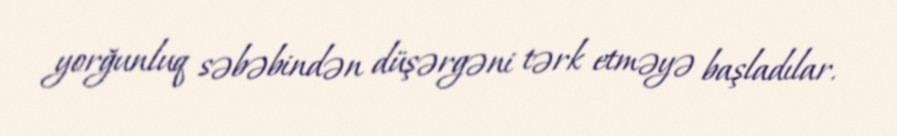
yorğunluq səbəbindən düşərgəni tərk etməyə başladılar.